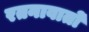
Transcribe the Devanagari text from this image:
रतनावातों